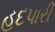
હદપારી